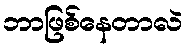
ဘာဖြစ်နေတာလဲ